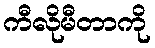
ကီလိုမီတာကို